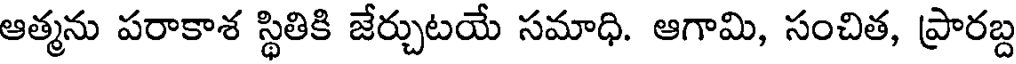
ఆత్మను పరాకాశ స్థితికి జేర్చుటయే సమాధి. ఆగామి, సంచిత, ప్రారబ్ద